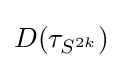
D(\tau _{S^{2k}})